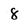
Character: 8